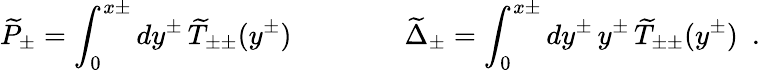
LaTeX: \widetilde{P}_{\pm}=\int_{0}^{x\pm}dy^{\pm}\, \widetilde{T}_{\pm\pm}(y^{\pm})\qquad\qquad\widetilde{\Delta}_{\pm}=\int_{0}^{x\pm}dy^{\pm}\, y^{\pm}\, \widetilde{T}_{\pm\pm}(y^{\pm})\ \ .